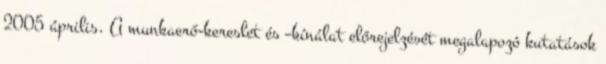
2005 április. A munkaerő-kereslet és –kínálat előrejelzését megalapozó kutatások